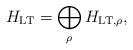
LaTeX: \begin{align*} H_{\mathrm{LT}}=\bigoplus_{\rho}H_{\mathrm{LT},\rho}, \end{align*}